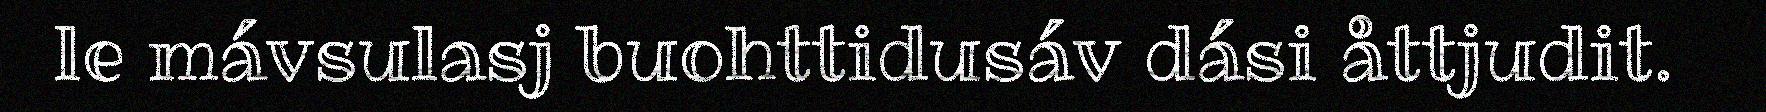
le mávsulasj buohttidusáv dási åttjudit.